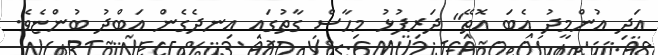
އަދި އުންމީދު އެބަ އޮތޭ" ދަރިފުޅު މިހާސް ގާތުގައި އިނދެގެން އަބްދު ބުންޏެވެ.